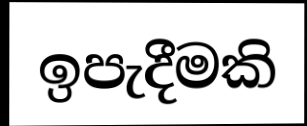
ඉපැදීමකි